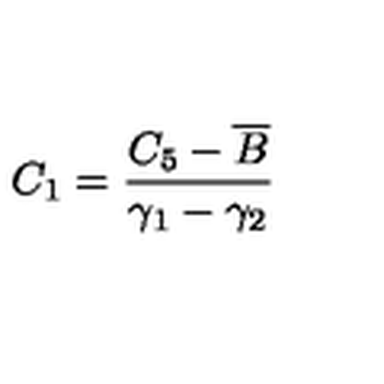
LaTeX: C _ { 1 } = \frac { C _ { 5 } - \overline { { B } } } { \gamma _ { 1 } - \gamma _ { 2 } }